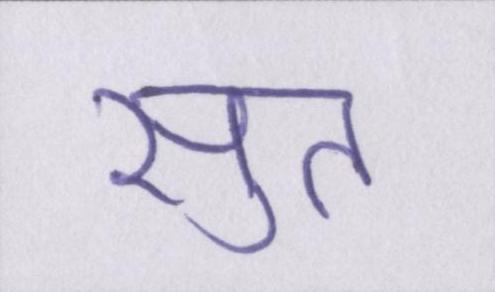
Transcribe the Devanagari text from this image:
सुत